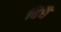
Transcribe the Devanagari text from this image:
विधै